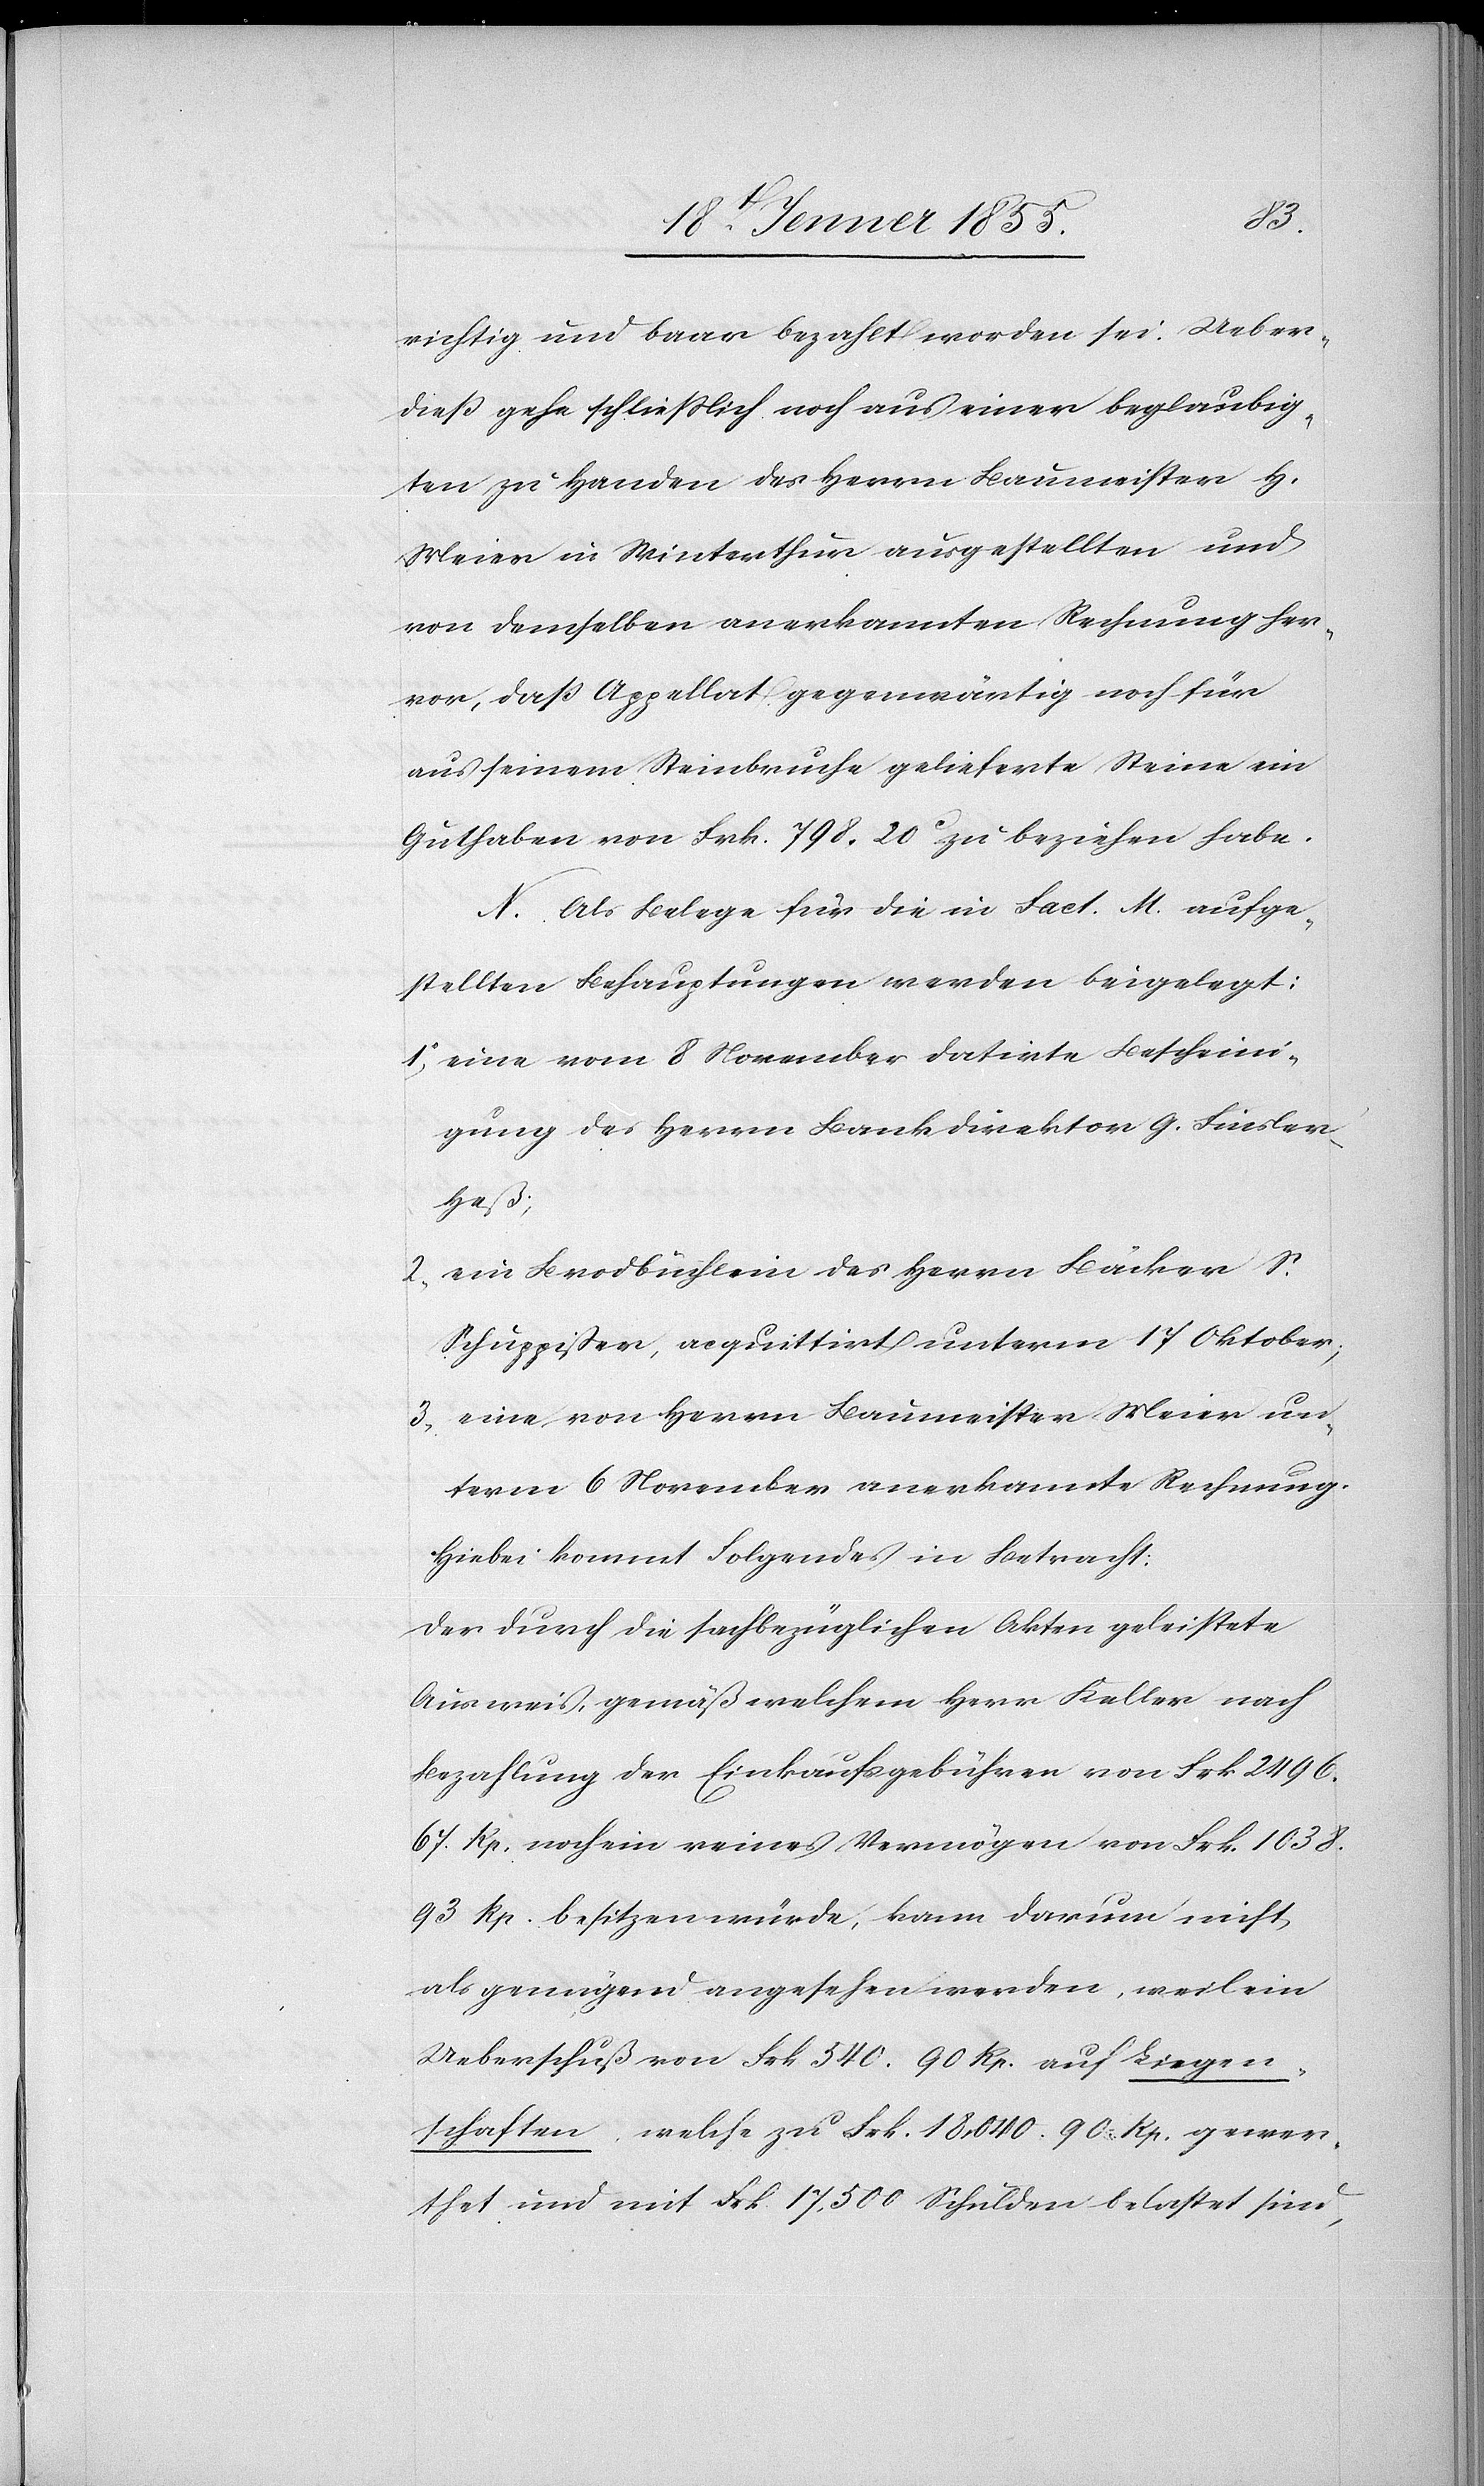
richtig und baar bezahlt worden sei. Ueber¬
dieß gehe schliesslich noch aus einer beglaubig¬
ten zu Handen des Herrn Baumeister H.
Meier in Winterthur ausgestellten und
von demselben anerkannten Rechnung her¬
vor, daß Appellat gegenwärtig noch für
aus seinem Steinbruche gelieferte Steine ein
Guthaben von Frk. 798. 20C zu beziehen habe.
N. Als Belege für die in Fact. M. aufge¬
stellten Behauptungen werden beigelegt:
eine vom 8 November datirte Bescheini¬
gung des Herrn Bankdirektor G. Finsler-H¬
eß;
ein Brodbüchlein des Herrn Bäcker S.
Schuppisser, acquittirt unterm 17 Oktober;
eine von Herrn Baumeister Meier un¬
term 6 November anerkannte Rechnung.
Hiebei kommt Folgendes in Betracht:
Der durch die sachbezüglichen Akten geleistete
Ausweis, gemäß welchem Herr Keller nach
Bezahlung der Einkaufsgebühren von Frk. 2496.
67. Rp. noch ein reines Vermögen von Frk. 1038.
93 Rp. besitzen würde, kann darum nicht
als genügend angesehen werden, weil ein
Ueberschuß von Frk. 540. 90 Rp. auf Liegen¬
schaften, welche zu Frk. 18,040. 90 Rp. gewer¬
thet und mit Frk. 17,500 Schulden belastet sind,